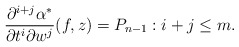
\begin{align*} \frac{\partial^{i+j}\alpha^\ast}{\partial t^i\partial w^j}(f,z)=P_{n-1}:i+j\leq m.\end{align*}